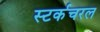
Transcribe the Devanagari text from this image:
स्टर्कचरल